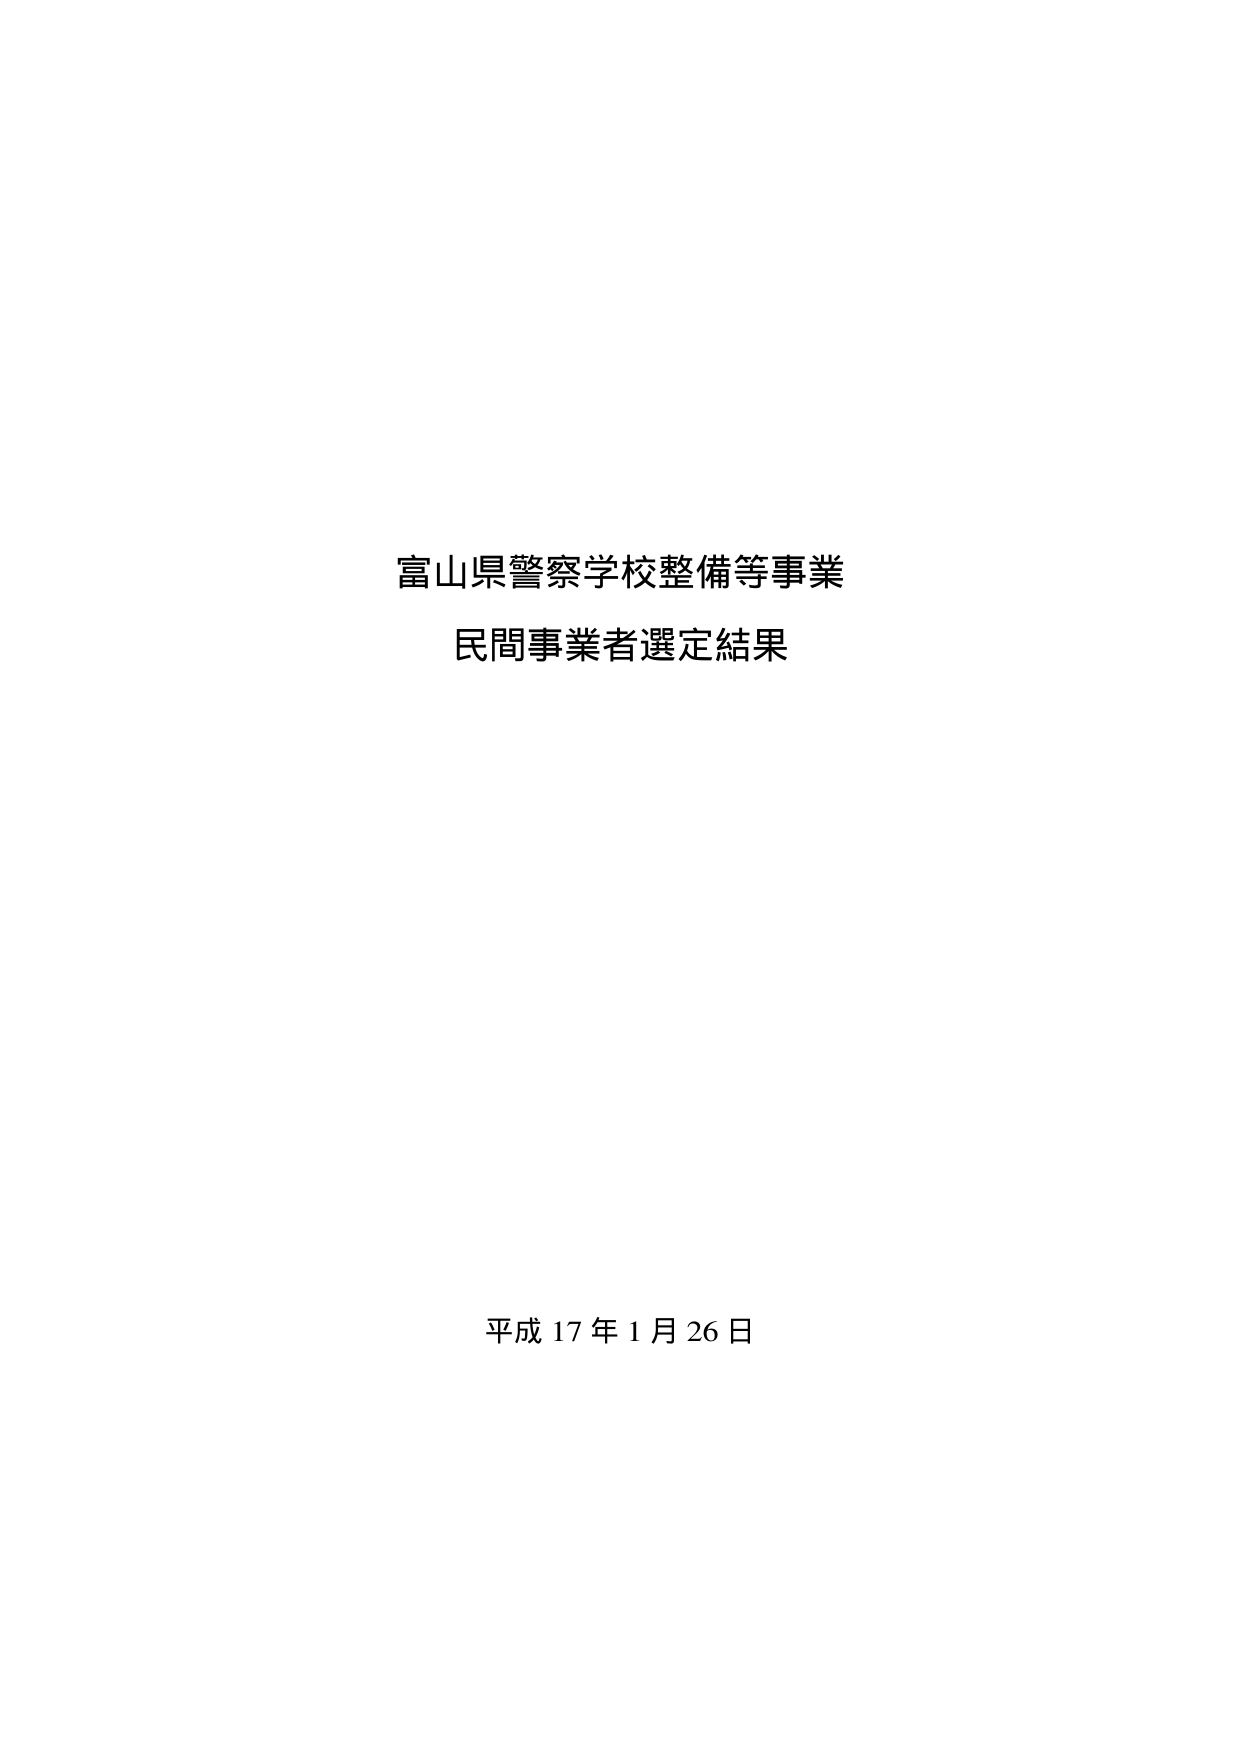
富山県警察学校整備等事業
民間事業者選定結果

平成17年1月26日